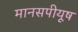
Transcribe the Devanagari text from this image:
मानसपीयूष